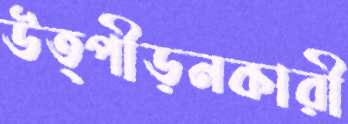
উত্পীড়নকারী